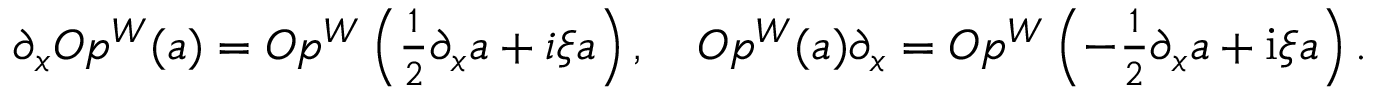
\begin{array} { r } { \partial _ { x } O p ^ { W } ( \mathfrak { a } ) = O p ^ { W } \left( \frac { 1 } { 2 } \partial _ { x } \mathfrak { a } + i \xi \mathfrak { a } \right) , \quad O p ^ { W } ( \mathfrak { a } ) \partial _ { x } = O p ^ { W } \left( - \frac { 1 } { 2 } \partial _ { x } \mathfrak { a } + \mathrm { i } \xi \mathfrak { a } \right) . } \end{array}